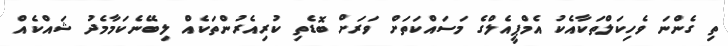
ތި ގެންނަ ވެހިކަލްތަކާއެކު އެމްޕީއެލްގެ މަސައްކަތަށް ވަރަށް ބޮޑެތި ކުރިއެރުންތަކެއް ލިބޭނެކަމާމެދު ޝައްކެއް